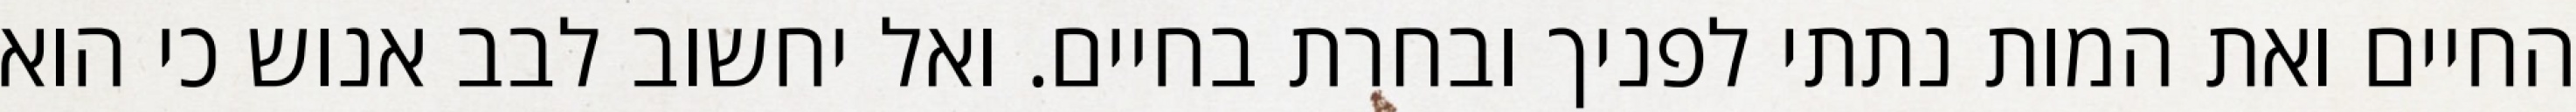
החיים ואת המות נתתי לפניך ובחרת בחיים. ואל יחשוב לבב אנוש כי הוא